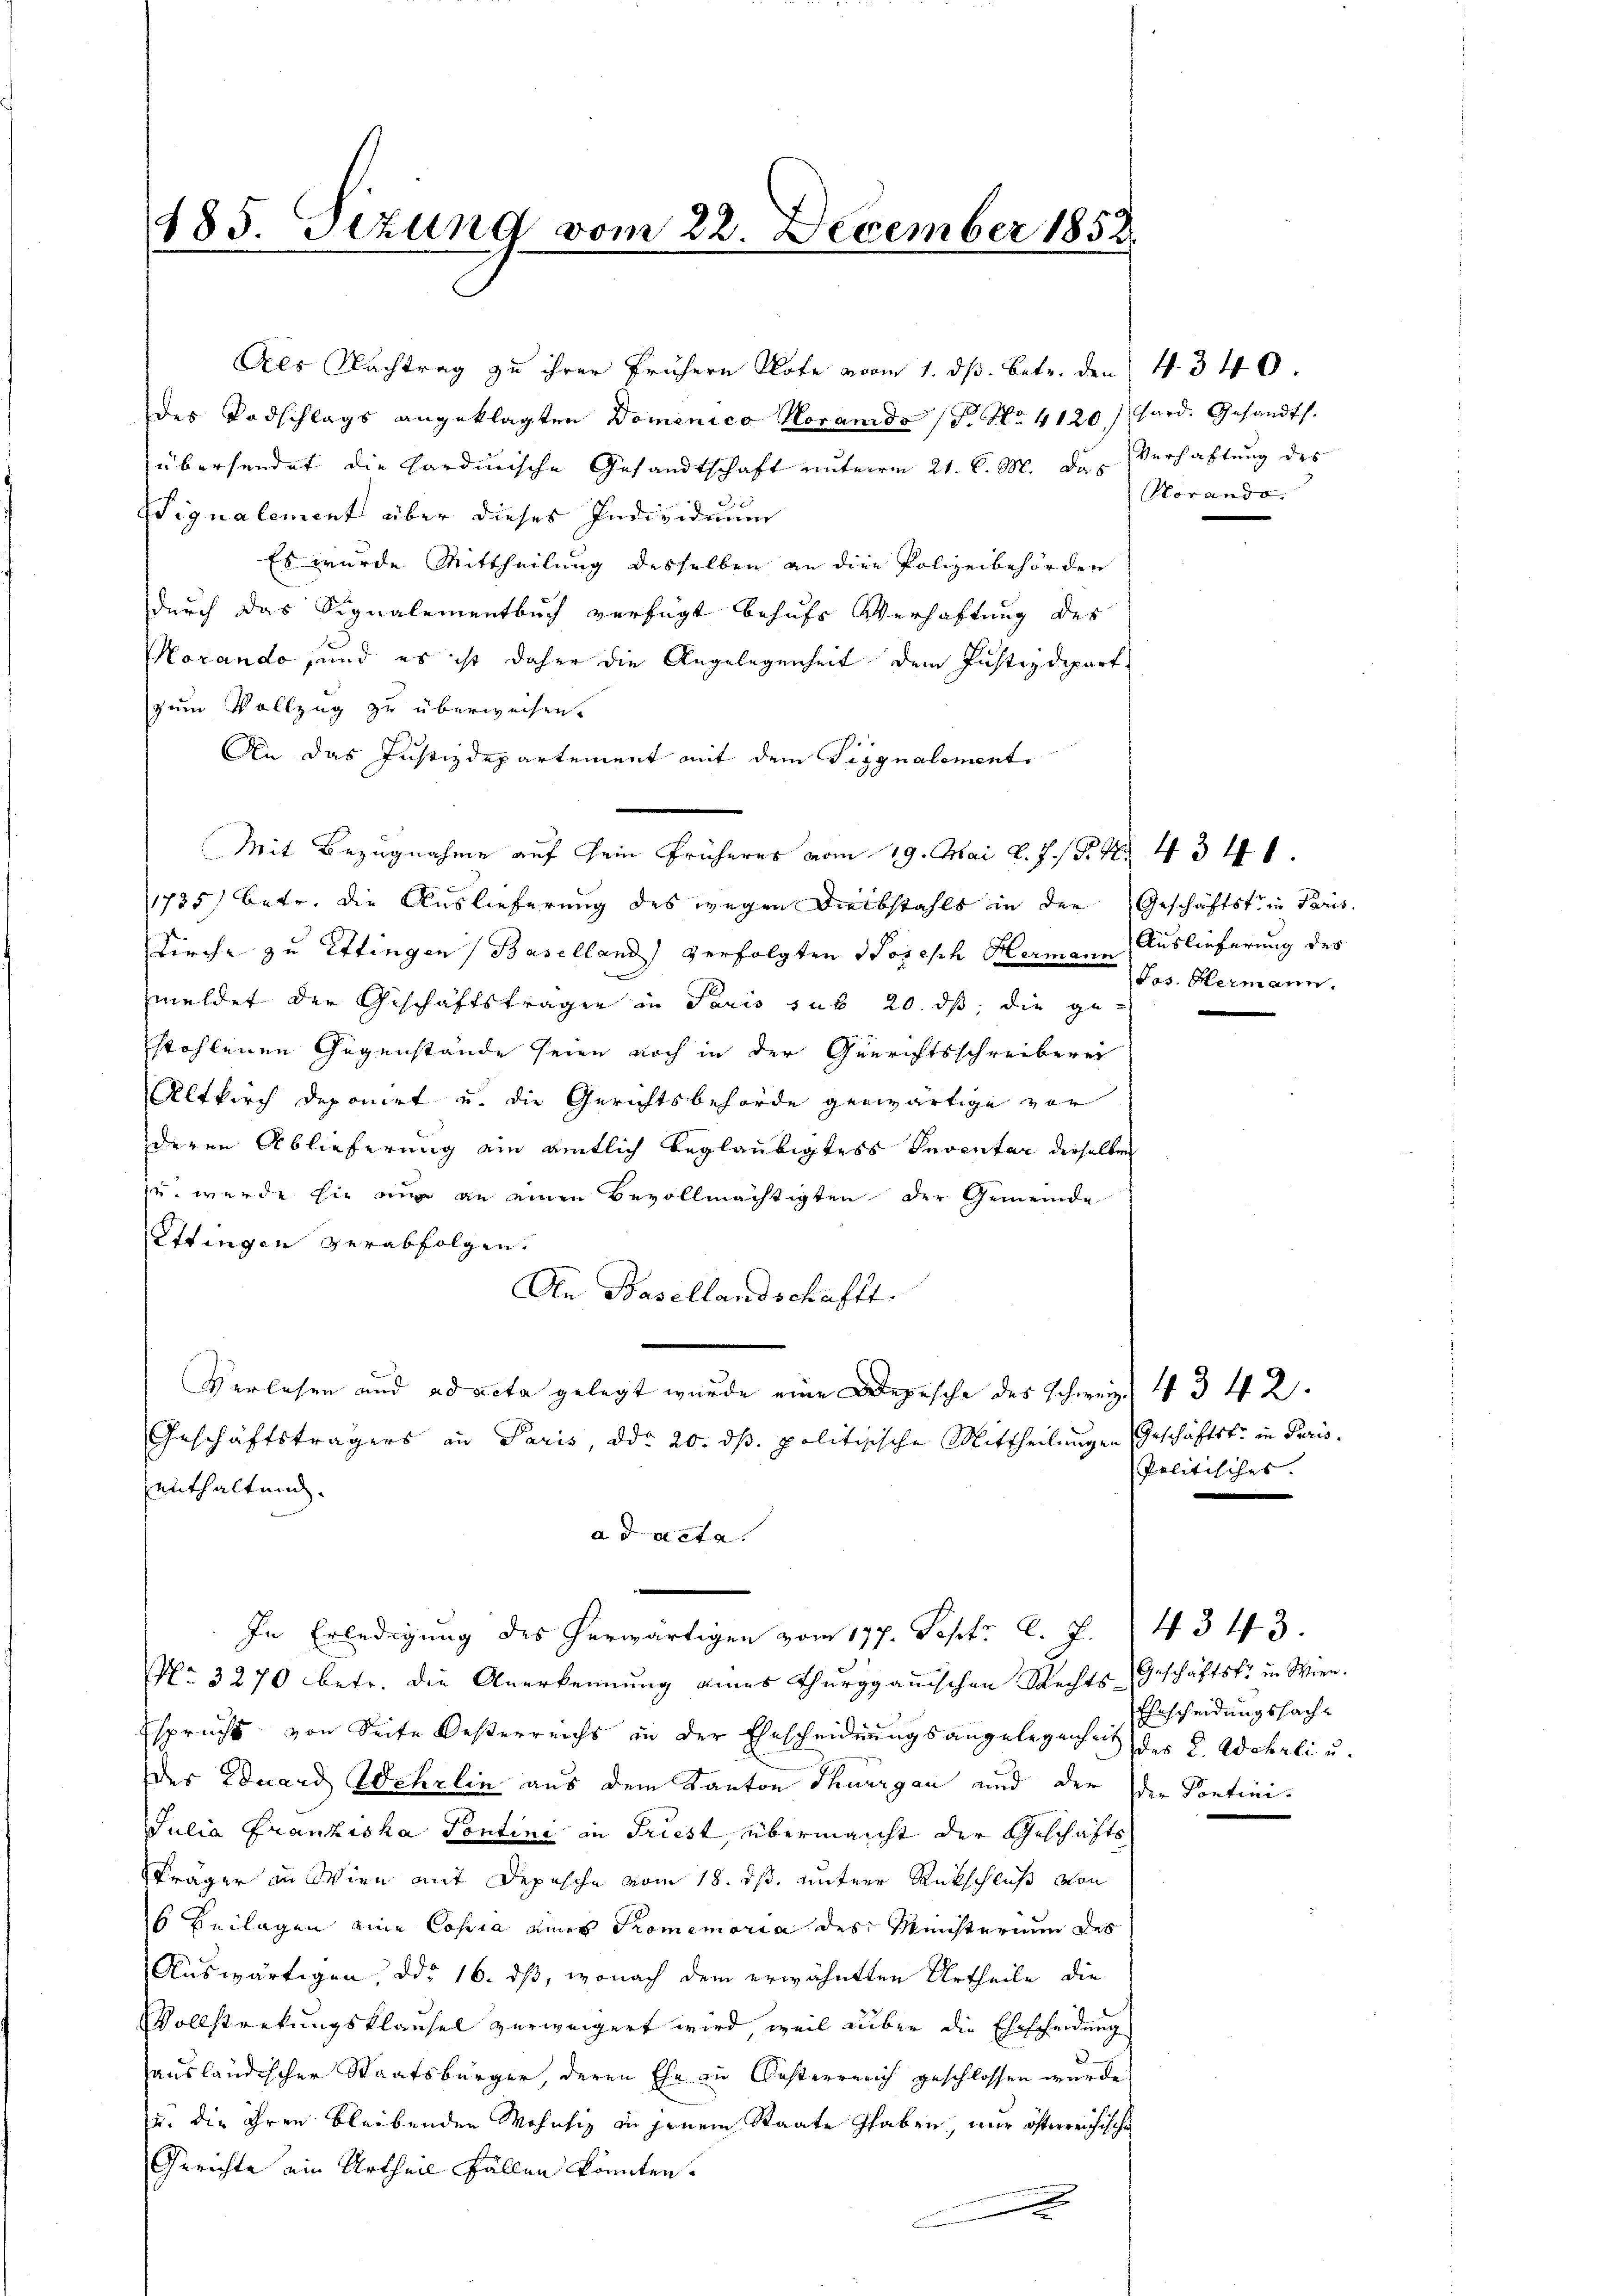
185. Sezung vom 22. December 1852.

des Todschlags angeklagten Domenico Horands (T. No. 4120) hard. Gesandts.
übersendet die Kardinische Gesandtschaft unterm 21. C. M. das Verhaltung des
3.
Wignalement über dieses Individuum
Es wurde Mittheilung desselben an die Polizeibehörden
durch das Signalementbuch verfügt behufs Verhaftung des
Morando und es ist daher die Angelegenheit dem Justizdepart
zum Vollzug zu überweisen.
An das Justizdepartement mit dem Tiggnalement
Mit Bezugnahme auf sein früher vom 19. Mai l. J. /. M. 434
1785) betr. die Auslieferung des wegen Diebstahls in der Geschäftst in Paris
Kirche zu Ettingen (Baselland) verfolgten Joseph Hermann Auslieferung des
meldet der Geschäftstragen in Paris sub 20. ds, die ge
stohlenen Gegenstände seien noch in der Genrichtsschreiberei
Altkirch deponirt u. die Gerichtsbehörde genwärtige vor
deren Ablieferung ein amtlich beglaubigtes Inventar derselben
(u. wurde sie nur an einen Bevollmächtigten der Gemeinde
Ettingen verabfolgen.
An Basellandschafft.
Verlosen und ad acta gelegt wurde eine Depesche des Schweiz. 4342.
Geschäftsträgers an Paris, ddo 20. ds. politisische Mittheilungen Geschäftsfr. in Paris.
enthaltend.
ad acta
.
In Erledigung des herwärtigen vom 177. Sept. l. J. 14343.
No. 3270 betr. die Anerkennung eines Thurgauischen Rechts-Geschäftsfr. in Wien.
spruchs von Seite Oesterreichs in der Ehescheidungsangelegenheit des K. Acheli u.
der Eduard Wehrlin aus dem Kanton Thurgau und der der Contini-
Julia Franziska Pontini in Triest, übermacht der Geschäfts
träger in Wien mit Depesche vom 18. ds. untere Rückschluß von
s Beilagen eine Copia eines Promemoria des Meisterium des
Auswärtigen, ddo 16. ds, wonach dem erwähnten Urtheile die
Vollstrekungsklausel verweigert wird, weil über die Ehescheidung
ausländischer Staatsbürger, deren Ehe zu Gesterreich geschlossen wurde
u. die ihren bleibenden Wohnsiz in jenem Staate haben, nur österreichische
Gerichte ein Urtheil Fällen könnten.
t

Als Nachtrag zu ihrer frühern Klote vom 1. ds. betr. den 4340.

Vorando.

Jos. Hermann.

Politisches.

Ehrscheidungssach¬